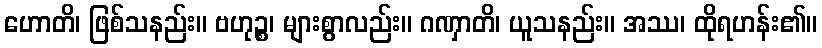
ဟောတိ၊ ဖြစ်သနည်း။ ဗဟုဉ္စ၊ များစွာလည်း။ ဂဏှာတိ၊ ယူသနည်း။ အဿ၊ ထိုရဟန်း၏။